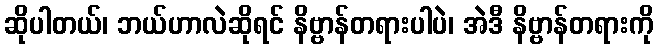
ဆိုပါတယ်၊ ဘယ်ဟာလဲဆိုရင် နိဗ္ဗာန်တရားပါပဲ၊ အဲဒီ နိဗ္ဗာန်တရားကို